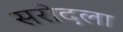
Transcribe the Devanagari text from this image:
सरोदला